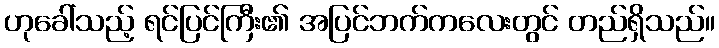
ဟုခေါ်သည့် ရင်ပြင်ကြီး၏ အပြင်ဘက်ကလေးတွင် တည်ရှိသည်။